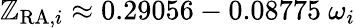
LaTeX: \mathbb{Z}_{{\mathrm{{RA}}},i}\approx0.29056-0.08775\ \omega_{i}